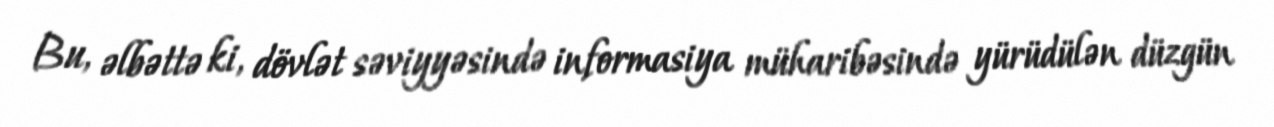
Bu, əlbəttə ki, dövlət səviyyəsində informasiya müharibəsində yürüdülən düzgün